Insane asylums in Bengal annual reports 1867-1875 - 1867-1875
Year: 1867
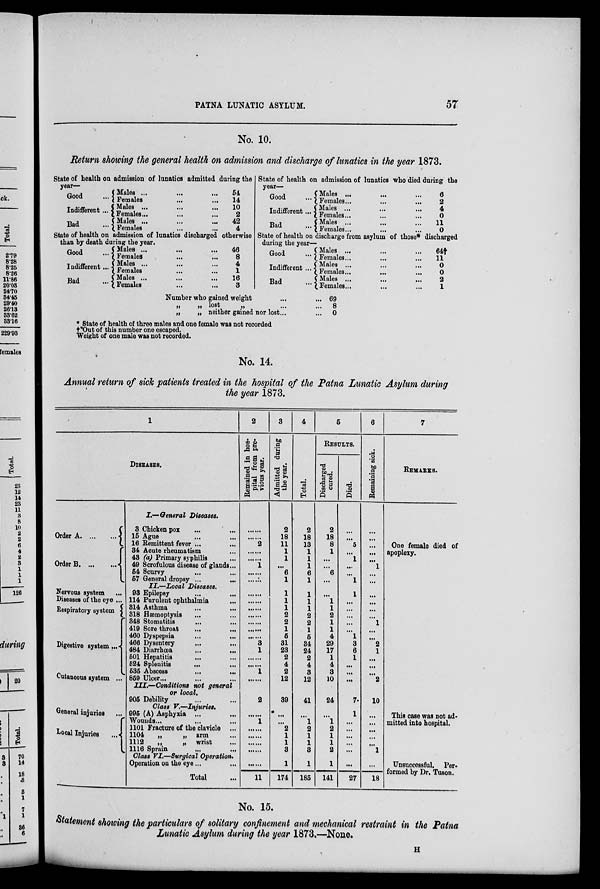
PATNA LUNATIC ASYLUM.
57
No. 10.
Return showing the general health on admission and discharge of lunatics in the year 1873.
State of health on admission of lunatics admitted during the
year—
Good ...
Indifferent...
Bad ...
Males ... ... ...
Females ... ...
Males ... ... ...
Females ... ... ...
Males ...
...
...
Females ... ...
54
14
10
2
42
4
State of health on admission of lunatics discharged otherwise
than by death during the year.
Good ...
Indifferent...
Bad ...
Males ... ... ...
Females ... ...
Males ... ... ...
Females ... ... ...
Males ... ... ...
Females ... ...
46
8
4
1
16
3
State of health on admission of lunatics who died during the
year-
Good ...
Indifferent...
Bad ...
Males ... ... ...
Females... ... ...
Males ... ... ...
Females... ... ...
Males ... ... ...
Females... ... ...
6
2
4
0
11
0
State of health on discharge from asylum of those* discharged
during the year—
Good ...
Indifferent ...
Bad ...
Males ... ... ...
Females ... ... ...
Males ... ... ...
Females ... ... ...
Males ... ... ...
Females ... ... ...
64†
11
0
0
2
1
Number who gained weight ... ...
„
„ lost
„ ... ...
„
„ neither gained nor lost... ...
69
8
0
* State of health of three males and one female was not recorded
†Out of this number one escaped.
Weight of one male was not recorded.
No. 14.
Annual return of sick patients treated in the hospital of the Patna Lunatic Asylum during
the year 1873.
1
DISEASES.
Order A
...
...
Order B ... ... ...
Nervous system ...
Diseases of the eye ...
Respiratory system
Digestive system...
Cutaneous system ...
General injuries ...
Local Injuries
...
I.—General Diseases.
3 Chicken pox ... ...
15 Ague ... ...
16 Remittent fever ... ...
34 Acute rheumatism...
43 (a) Primary syphilis ...
49 Scrofulous disease of glands...
54 Scurvy ... ...
57 General dropsy ... ...
II.—Local Diseases.
93 Epilepsy ... ...
114 Purulent ophthalmia ...
314 Asthma ... ...
318 Hæmoptysis ... ...
348 Stomatitis ... ...
419 Sore throat ... ...
460 Dyspepsia ... ...
466 Dysentery ... ...
484 Diarrhœa ... ...
501 Hepatitis ... ...
524 Splenitis
...
...
535 Abscess
...
...
859 Ulcer... ... ...
III.—Conditions not general
or local.
905 Debility ... ...
Class V.—Injuries.
995 (A) Asphyxia ... ...
Wounds ... ... ...
1101 Fracture of the clavicle ...
1104
„
„ arm ...
1112
„
„ wrist ...
1116 Sprain ... ...
Class VI .–Surgical Operation.
Operation on the eye... ...
Total ...
2
Remained in hos-
pital from pre-
vious year.
... ...
... ...
2
... ...
... ...
1
... ...
... ...
......
... ...
... ...
... ...
... ...
... ...
... ...
3
1
... ...
... ...
1
... ...
2
... ...
1
......
......
......
......
......
11
3
Admitted during
the year.
2
18
11
1
1
...
6
1
1
1
1
2
2
1
5
31
23
2
4
2
12
39
...
...
2
1
1
3
1
174
4
Total.
2
18
13
1
1
1
6
1
1
1
1
2
2
1
5
34
24
2
4
3
12
41
...
1
2
1
1
3
1
185
5
RESULTS.
Discharged
cured.
2
18
8
1
...
...
6
...
...
1
1
2
1
1
4
29
17
1
4
3
10
24
...
1
2
1
1
2
1
141
Died.
...
...
5
...
1
...
...
1
1
...
...
...
...
...
1
3
6
1
...
...
...
7
1
...
...
...
...
...
...
27
6
Remaining sick.
...
...
...
...
...
1
...
...
...
...
...
...
1
...
...
2
1
...
...
...
2
10
...
...
...
...
...
1
...
18
7
REMARKS.
One female died of
apoplexy.
This case was not ad-
mitted into hospital.
Unsuccessful. Per-
formed by Dr. Tuson.
No. 15.
Statement showing the particulars of solitary confinement and mechanical restraint in the Patna
Lunatic Asylum during the year 1873.—None.
H